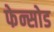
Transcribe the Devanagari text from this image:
फेन्सोड